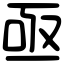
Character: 亟